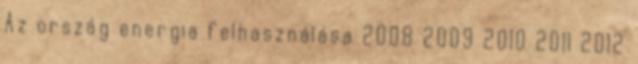
Az ország energia felhasználása 2008 2009 2010 2011 2012